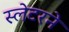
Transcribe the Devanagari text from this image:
स्लेटरने